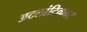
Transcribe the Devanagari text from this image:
अटलांटिकवर